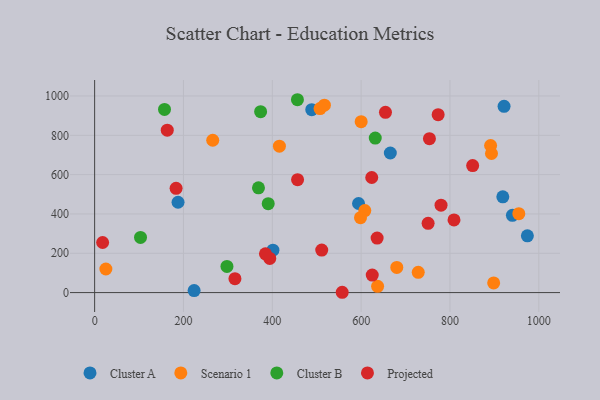
{"axis": {"x": "Speed", "y": "Rating"}, "legend": ["Cluster A", "Cluster B", "Projected", "Scenario 1"], "data": [{"x": "974.3", "y": 288.9, "type": "Cluster A"}, {"x": "187.8", "y": 459.5, "type": "Cluster A"}, {"x": "940.6", "y": 393.0, "type": "Cluster A"}, {"x": "665.7", "y": 710.0, "type": "Cluster A"}, {"x": "594.2", "y": 453.2, "type": "Cluster A"}, {"x": "919.0", "y": 487.1, "type": "Cluster A"}, {"x": "401.4", "y": 215.6, "type": "Cluster A"}, {"x": "488.8", "y": 930.3, "type": "Cluster A"}, {"x": "224.0", "y": 10.1, "type": "Cluster A"}, {"x": "921.8", "y": 947.4, "type": "Cluster A"}, {"x": "898.4", "y": 49.0, "type": "Scenario 1"}, {"x": "891.5", "y": 748.1, "type": "Scenario 1"}, {"x": "416.0", "y": 744.9, "type": "Scenario 1"}, {"x": "728.6", "y": 103.3, "type": "Scenario 1"}, {"x": "608.3", "y": 417.1, "type": "Scenario 1"}, {"x": "598.6", "y": 380.9, "type": "Scenario 1"}, {"x": "265.9", "y": 774.8, "type": "Scenario 1"}, {"x": "893.5", "y": 707.6, "type": "Scenario 1"}, {"x": "680.3", "y": 128.0, "type": "Scenario 1"}, {"x": "955.0", "y": 401.5, "type": "Scenario 1"}, {"x": "637.1", "y": 32.1, "type": "Scenario 1"}, {"x": "600.1", "y": 869.1, "type": "Scenario 1"}, {"x": "25.3", "y": 120.0, "type": "Scenario 1"}, {"x": "507.5", "y": 935.9, "type": "Scenario 1"}, {"x": "517.3", "y": 953.1, "type": "Scenario 1"}, {"x": "103.3", "y": 280.6, "type": "Cluster B"}, {"x": "373.7", "y": 920.4, "type": "Cluster B"}, {"x": "390.8", "y": 452.2, "type": "Cluster B"}, {"x": "631.8", "y": 786.1, "type": "Cluster B"}, {"x": "456.6", "y": 981.0, "type": "Cluster B"}, {"x": "368.9", "y": 532.7, "type": "Cluster B"}, {"x": "157.3", "y": 931.5, "type": "Cluster B"}, {"x": "297.9", "y": 132.9, "type": "Cluster B"}, {"x": "636.0", "y": 277.5, "type": "Projected"}, {"x": "163.5", "y": 826.1, "type": "Projected"}, {"x": "773.4", "y": 904.9, "type": "Projected"}, {"x": "456.9", "y": 574.2, "type": "Projected"}, {"x": "750.8", "y": 352.5, "type": "Projected"}, {"x": "394.3", "y": 173.7, "type": "Projected"}, {"x": "625.0", "y": 89.2, "type": "Projected"}, {"x": "809.1", "y": 369.6, "type": "Projected"}, {"x": "654.8", "y": 917.0, "type": "Projected"}, {"x": "18.0", "y": 254.7, "type": "Projected"}, {"x": "779.9", "y": 444.7, "type": "Projected"}, {"x": "623.9", "y": 585.5, "type": "Projected"}, {"x": "753.8", "y": 783.0, "type": "Projected"}, {"x": "384.6", "y": 197.2, "type": "Projected"}, {"x": "315.9", "y": 71.0, "type": "Projected"}, {"x": "851.1", "y": 646.0, "type": "Projected"}, {"x": "557.4", "y": 1.6, "type": "Projected"}, {"x": "183.4", "y": 530.3, "type": "Projected"}, {"x": "511.3", "y": 216.2, "type": "Projected"}]}